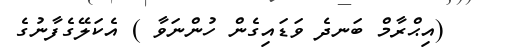
(އިޙްރާމް ބަނދެ ވަަޑައިގެން ހުންނަވާ ) އެކަލޭގެފާނުގެ